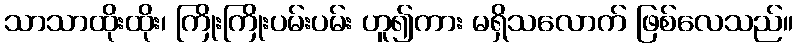
သာသာထိုးထိုး၊ ကြိုးကြိုးပမ်းပမ်း ဟူ၍ကား မရှိသလောက် ဖြစ်လေသည်။